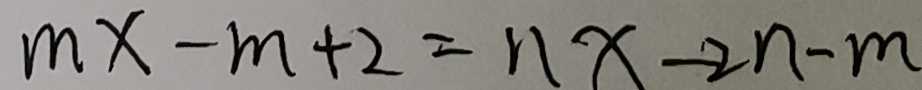
m x - m + 2 = n x - 2 n - m